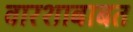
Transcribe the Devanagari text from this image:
वारशाबाबत